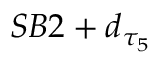
S B 2 + d _ { \tau _ { 5 } }